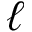
\ell